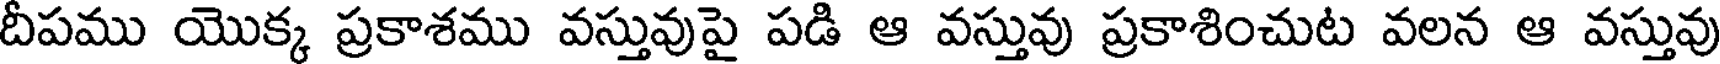
దీపము యొక్క ప్రకాశము వస్తువుపై పడి ఆ వస్తువు ప్రకాశించుట వలన ఆ వస్తువు